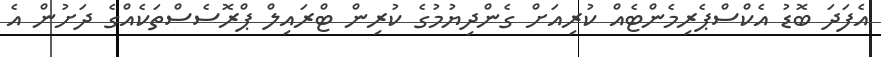
އެފަދަ ބޮޑު އެކްސްޕެރިމެންޓެއް ކުރިއަށް ގެންދިޔުމުގެ ކުރިން ޓްރައިލް ޕްރޮސެސްތަކެއްގެ ދަށުން އެ